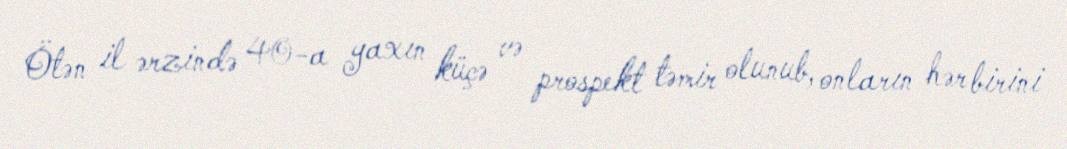
Ötən il ərzində 40-a yaxın küçə və prospekt təmir olunub, onların hər birini